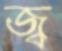
জ্ব